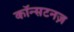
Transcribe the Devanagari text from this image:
कॉन्सटनज़